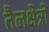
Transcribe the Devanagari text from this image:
तैलक्षेत्रों